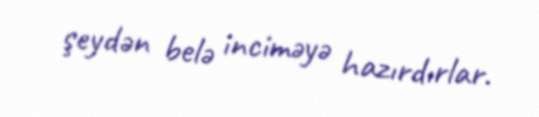
şeydən belə inciməyə hazırdırlar.